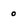
Character: 0